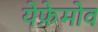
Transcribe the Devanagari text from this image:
येफ्रेमोव